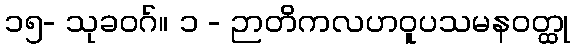
၁၅- သုခဝဂ်။ ၁ - ဉာတိကလဟဝူပသမနဝတ္ထု